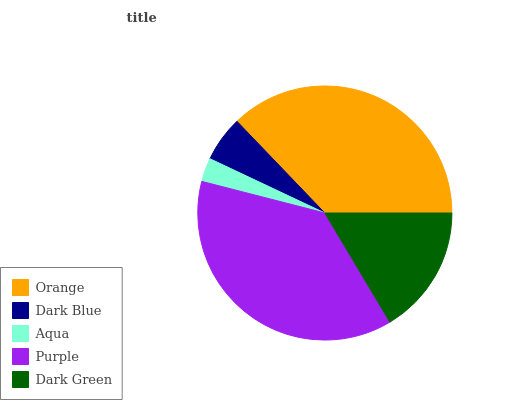
| Orange | Dark Blue | Aqua | Purple | Dark Green |
 | --- | --- | --- | --- | --- |
 | 37.2% | 5.81% | 3.02% | 37.5% | 16.4% |